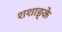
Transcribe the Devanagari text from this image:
शशाङ्के